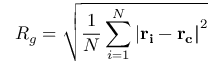
R _ { g } = \sqrt { \frac { 1 } { N } \sum _ { i = 1 } ^ { N } { | \bf { r } _ { i } - \bf { r } _ { c } | } ^ { 2 } }